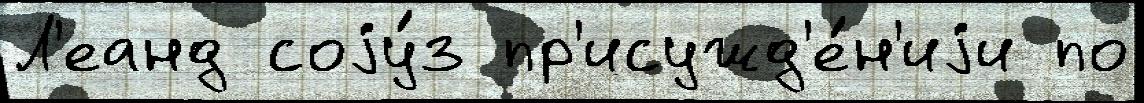
Л'еанд соjу́з пр'исужд'е́н'иjи по